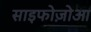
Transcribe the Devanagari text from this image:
साइफोज़ोआ